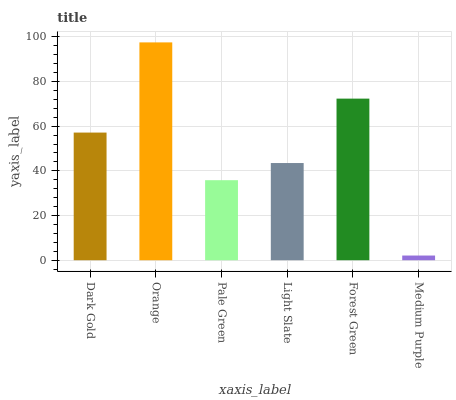
| xaxis_label | bars |
 | --- | --- |
 | Dark Gold | 57.1 |
 | Orange | 97.5 |
 | Pale Green | 35.8 |
 | Light Slate | 43.5 |
 | Forest Green | 72.3 |
 | Medium Purple | 2.1 |